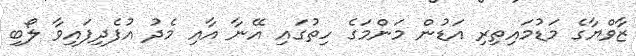
ޒާވްޔާގެ މަޑުމައިތިރި އަޑުން މަންމަގެ ހިތުގައި އޭނާ އާއި މެދު އުފެދިފައިވާ ލޯބި